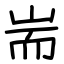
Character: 耑